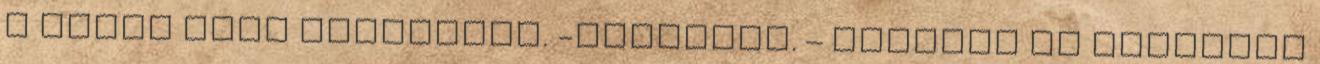
a rajta álló feliratot. -Kaoritól. – mondtam ki hangosan